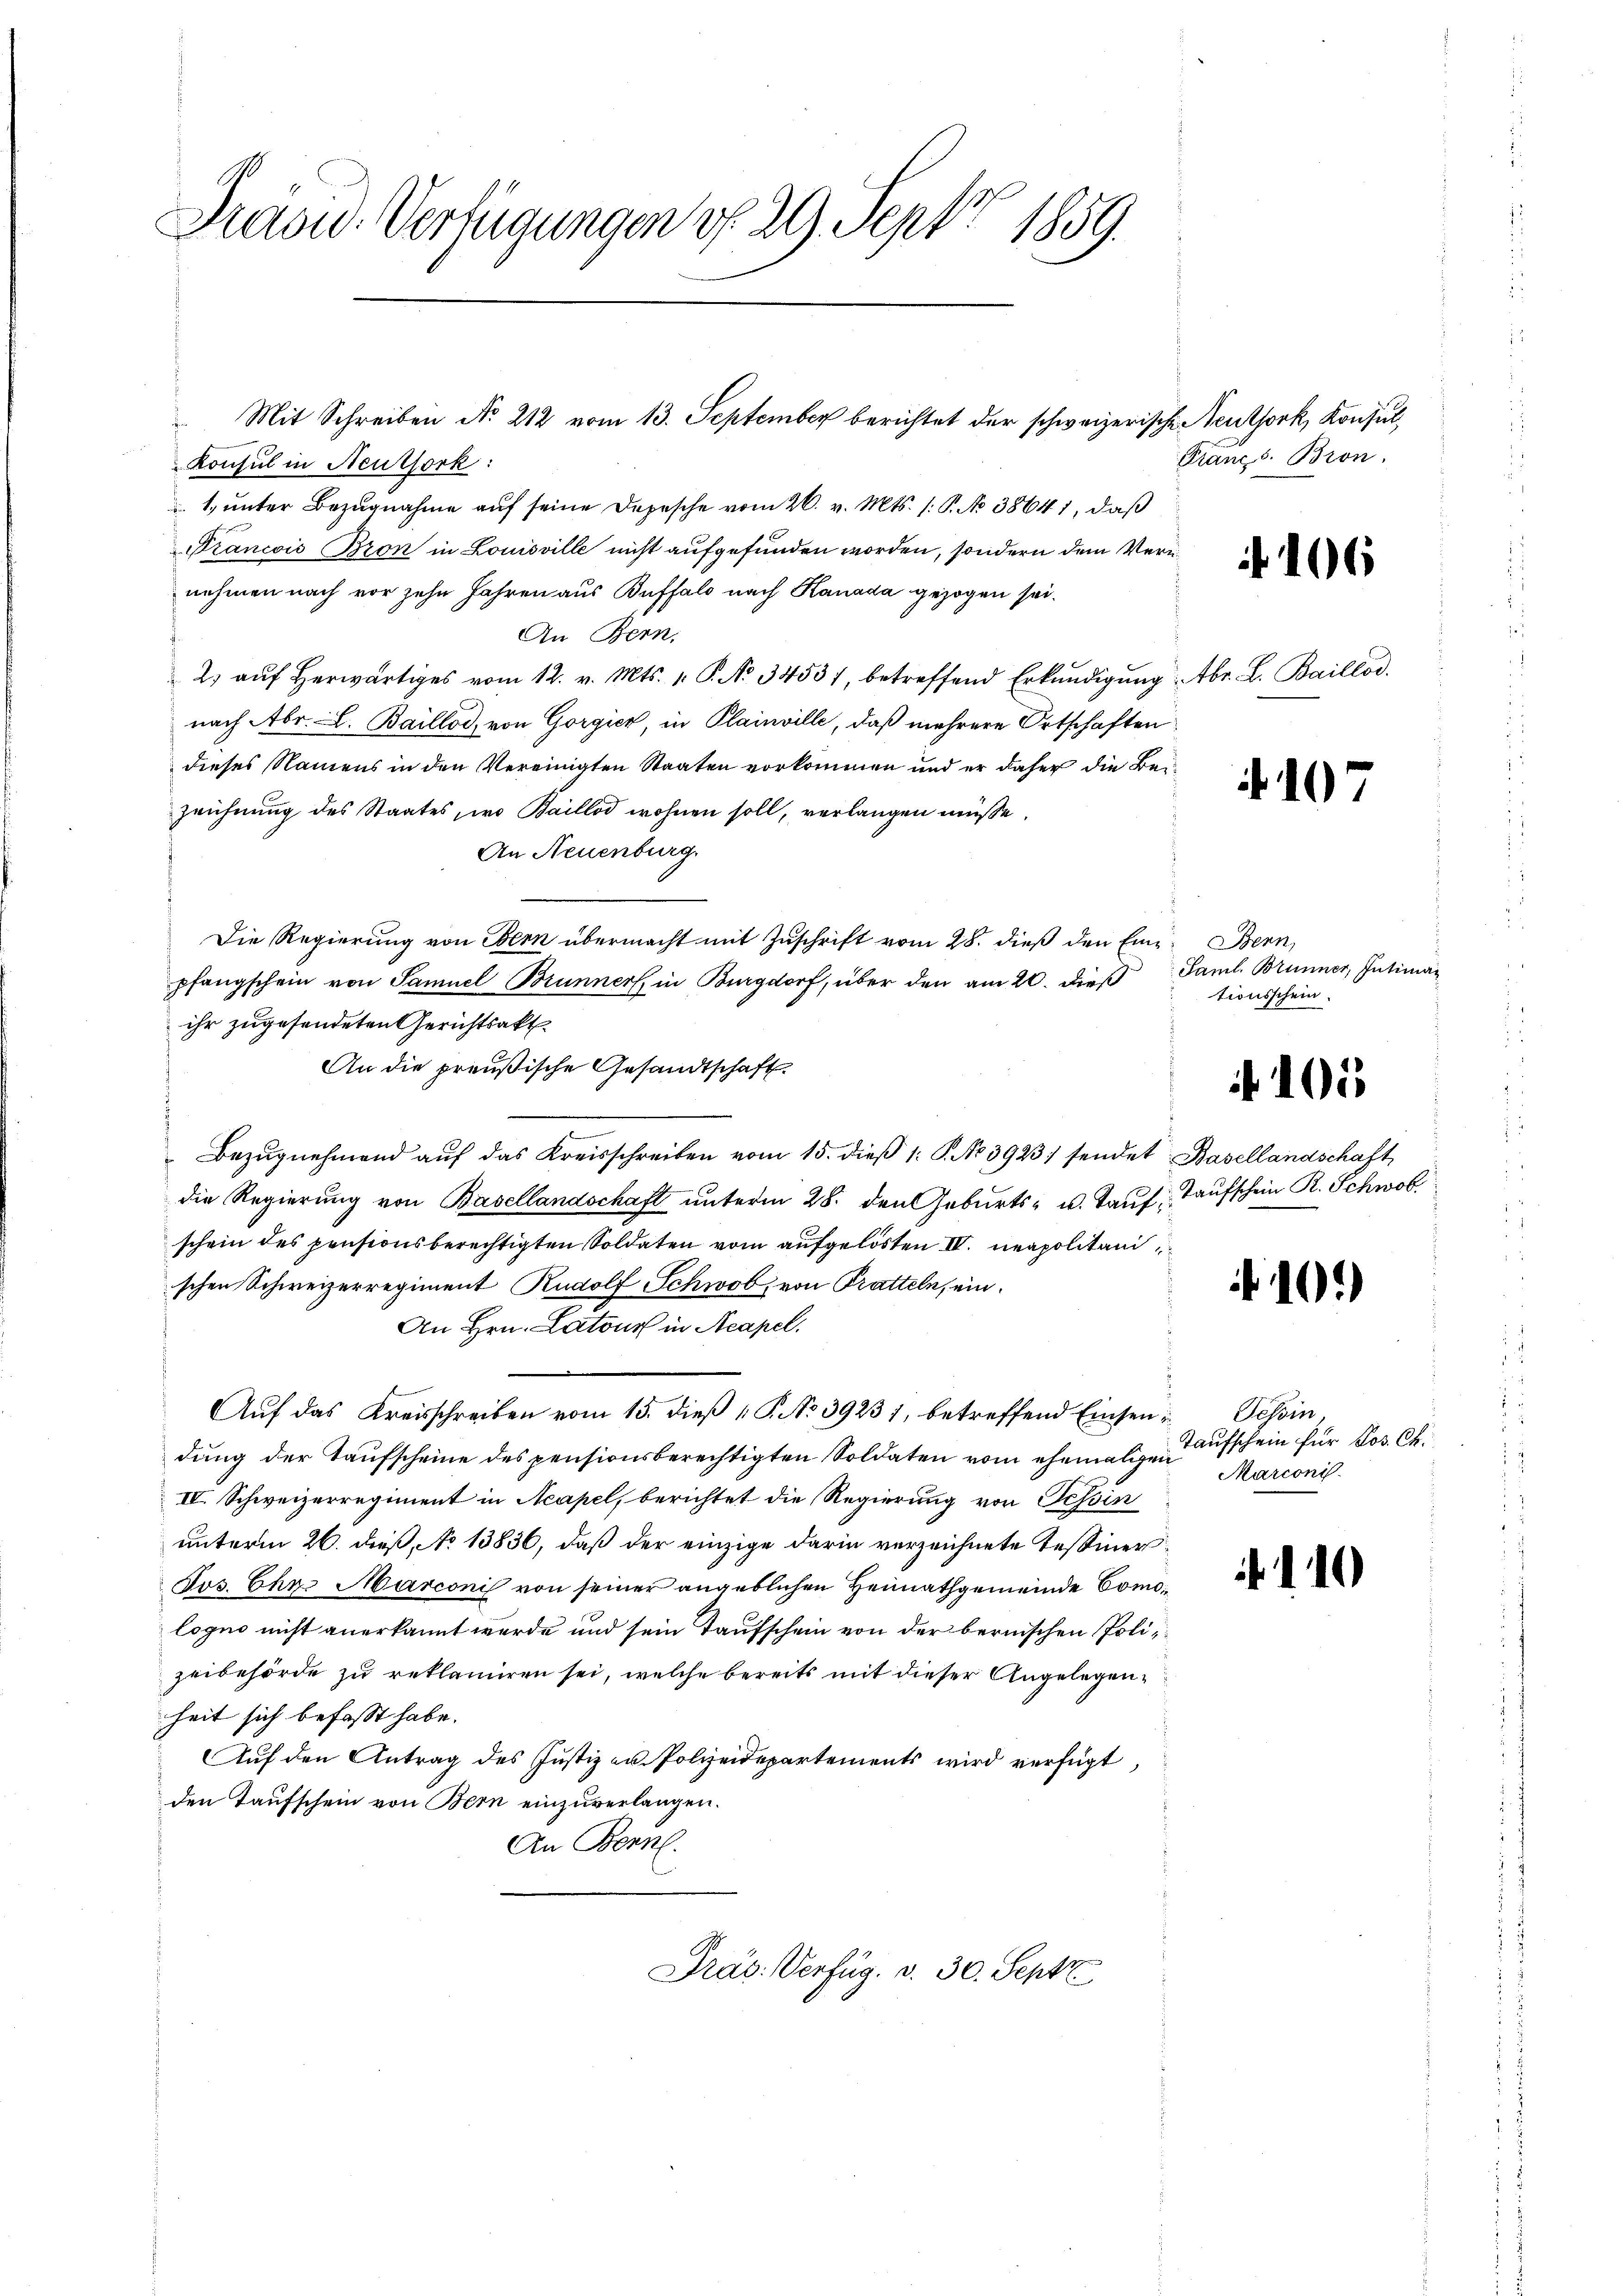
Draou-Verfügungen d. 29. Sept. 1859.

Konsul in Neuthork:
1. unter Bezugnahme auf seine Depesche vom 26. v. Mts. (: P. No 38641, daß
Orancois Bron in Louisville nicht aufgefunden worden, sondern dem Veru
nehmen nach vor zehn Jahren aus Buffalo nach Kanada gezogen sei.
An Bern.
2 aŭf herwärtiges vom 12. v. Mts. 1. P. No 34531, betreffend Erkŭndigŭng
nach Abr. L. Baillos, von Gorgick, in Plainville, daß mehrere Ortschaften
dieses Namens in den Vereinigten Staaten vorkommen und er daher die Beizeichnung des Staates, wo Baillod wohnen soll, verlangen müsse.
An Neuenburg.
Die Regierung von Bern übermacht mit Zuschrift vom 28. dieß den Eine Bern,
pfangschein von Samuel Brunners, in Burgdorf, über den am 20. dieß Saml. Brunner, Intiman
ihr zugesendeten Gerichtsakt
An die preußische Gesandtschaft.
Bezŭgnehmend aŭf das Kreisschreiben vom 15. dieβ 1: P. No 3923) sendet Basellandschaft
die Regierung von Basellandschaft ŭnterm 28. den Geburts- u. Taŭf, Taufschein R. Schwol
schein des pensionsberechtigten Soldaten vom aufgelösten IV. neapolitani
schen Schweizerregiment Rudolf Schwob, von Tratteln, ein¬
An Hrn. Latour in Acapel.
Aŭf das Kreisschreiben vom 15. dieβ  P. No 39231, betreffend Einsen Tessin
dung der Taufscheine des pensionsberechtigten Soldaten vom ehemaligen
IV. Schweizerregiment in Neapel, berichtet die Regierung von Tessin
unterm 26. dieß, No 13836, daß der einzige darin verzeichnete Tessiner¬
Jos. Chr. Marconi von seiner angeblichen Heimathgemeinde Comologno nicht anerkannt werde und sein Taufschein von der bernischen Polizeibehörde zu reklamiren sei, welche bereits mit dieser Angelegenheit sich befasst habe.
Auf den Antrag des Justiz an Polizeidepartements wird verfügt,
den Taufschein von Bern einzuverlangen.
An Bern.
Präs. Verfüg. v. 30. Sept

Mit Schreiben No 212 vom 13. September berichtet der schweizerische Neuthork, Konsul,

Klang s. Bron.

106

Abr. L. Baillos.

107

tionsschein.

102

102)

Taufschein für Pos. Ch.
Marconi

i

10